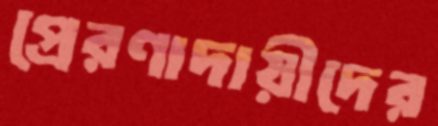
প্রেরণাদায়ীদের